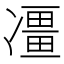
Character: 𠘌